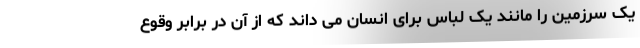
یک سرزمین را مانند یک لباس برای انسان می داند که از آن در برابر وقوع